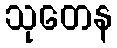
သုတေန